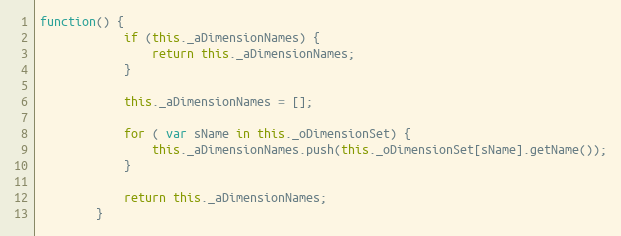
Language: JavaScript
function() {
			if (this._aDimensionNames) {
				return this._aDimensionNames;
			}

			this._aDimensionNames = [];

			for ( var sName in this._oDimensionSet) {
				this._aDimensionNames.push(this._oDimensionSet[sName].getName());
			}

			return this._aDimensionNames;
		}